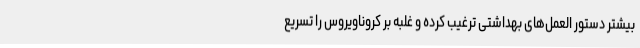
بیشتر دستور العمل‌های بهداشتی ترغیب کرده و غلبه بر کروناویروس را تسریع